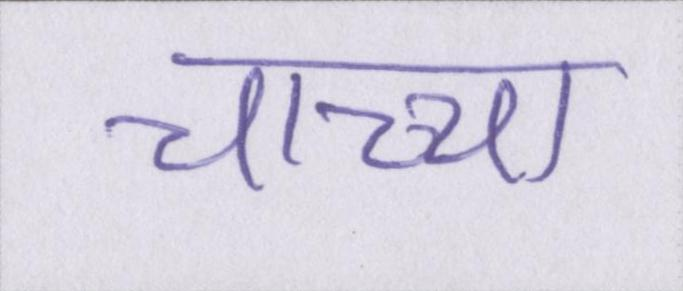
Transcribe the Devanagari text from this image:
चाच्चा